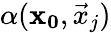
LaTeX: \alpha(\mathbf{x_{0}},\vec{x}_{j})